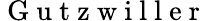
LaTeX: \mathrm{~G~u~t~z~w~i~l~l~e~r~}